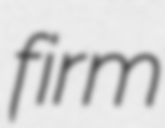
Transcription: firm